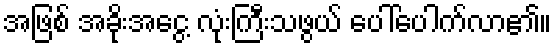
အဖြစ် အခိုးအငွေ့ လုံးကြီးသဖွယ် ပေါ်ပေါက်လာ၏။